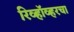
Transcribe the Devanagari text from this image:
रिव्हॉव्हरचा